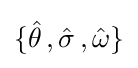
\{{\hat {\theta }}\,,{\hat {\sigma }}\,,{\hat {\omega }}\}